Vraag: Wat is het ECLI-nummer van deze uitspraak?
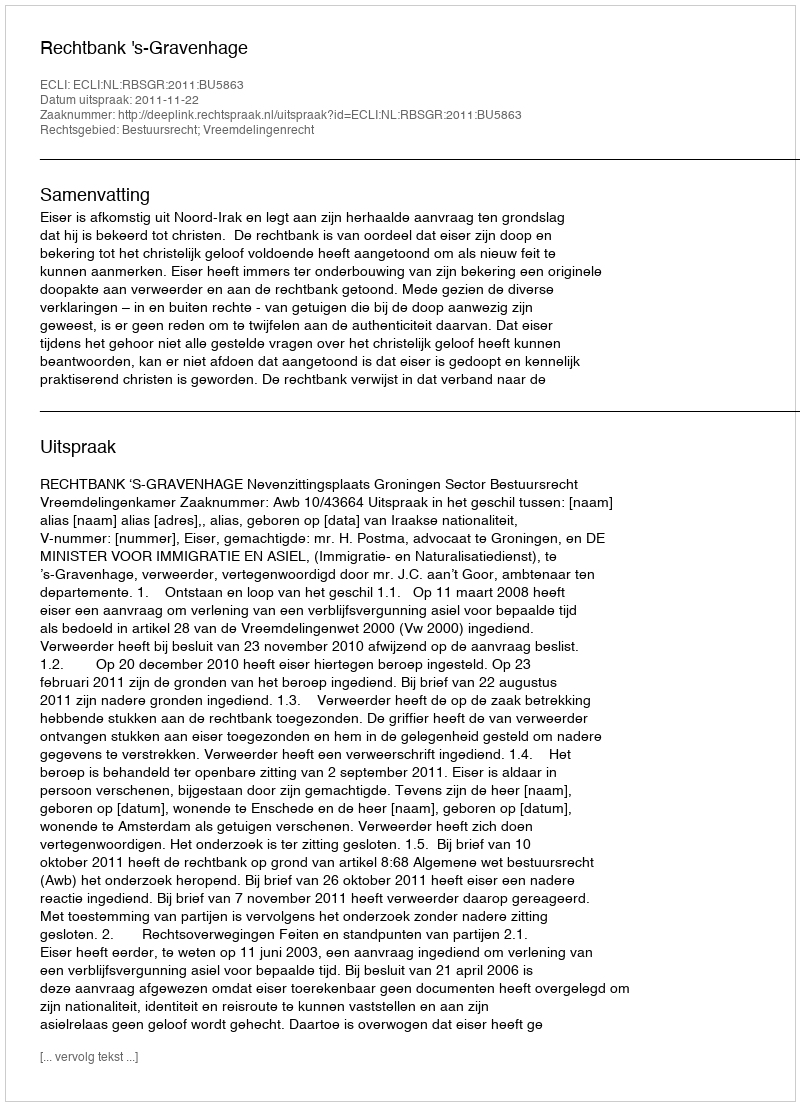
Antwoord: ECLI:NL:RBSGR:2011:BU5863